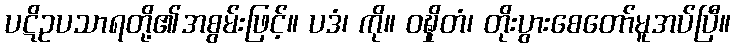
ပဋိဥပသာရတို့၏အစွမ်းဖြင့်။ ပဒံ၊ ကို။ ဝဍ္ဎှိတံ၊ တိုးပွားစေတော်မူအပ်ပြီ။